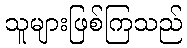
သူများဖြစ်ကြသည်